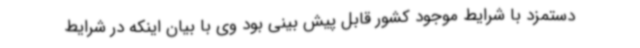
دستمزد با شرایط موجود کشور قابل پیش بینی بود وی با بیان اینکه در شرایط